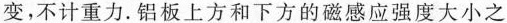
变，不计重力。铝板上方和下方的磁感应强度大小之